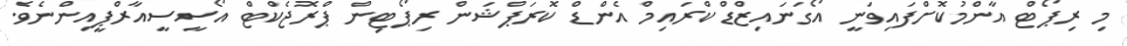
މި ރިޕޯޓް އާންމުކޮށްފައިވަނީ އޯގަނައިޒްޑް ކްރައިމް އެންޑް ކޮރަޕްޝަން ރިޕޯޓިން ޕްރޮޖެކްޓް އޯސީސީއާރްޕީއިންނެވެ.